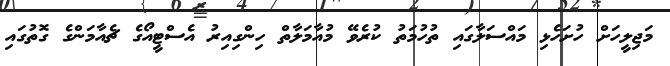
މަޖިލީހަށް ހުށަހެޅި މައްސަލާގައި ތުހުމަތު ކުރެވޭ މުއާމަލާތް ހިންގިއިރު އެސްޓީއޯގެ ޗެއާމަންގެ ގޮތުގައި